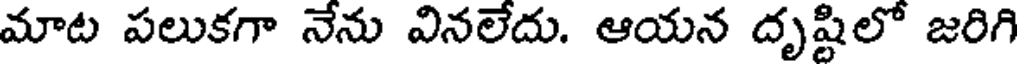
మాట పలుకగా నేను వినలేదు. ఆయన దృష్టిలో జరిగి